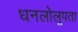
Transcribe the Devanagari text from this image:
धनलोलूपता